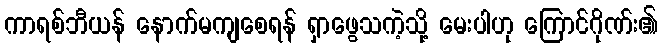
ကာရစ်ဘီယန် နောက်မကျစေရန် ရှာဖွေသကဲ့သို့ မေးပါဟု ကြောင်ဂိုဏ်း၏